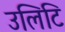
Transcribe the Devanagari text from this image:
उलिटि